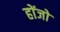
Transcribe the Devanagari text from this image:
होंजो